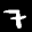
Label: 7